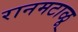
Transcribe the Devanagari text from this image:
रानमटाळू